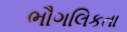
ભૌગલિકતા